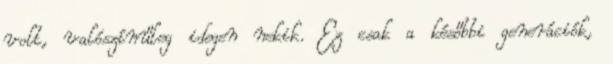
volt, valószínűleg idegen nekik. Ez csak a későbbi generációk,